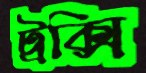
ট্রক্সি